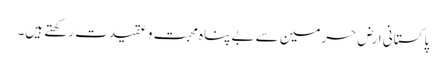
پاکستانی ارض حرمین سے بے پناہ محبت و عقیدت رکھتے ہیں۔